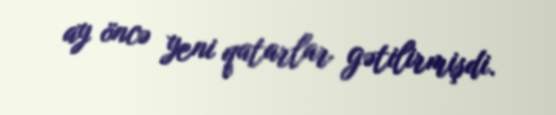
ay öncə yeni qatarlar gətilirmişdi.